Cholera in India, 1862 to 1881
Year: 1862
Disease focus: Cholera
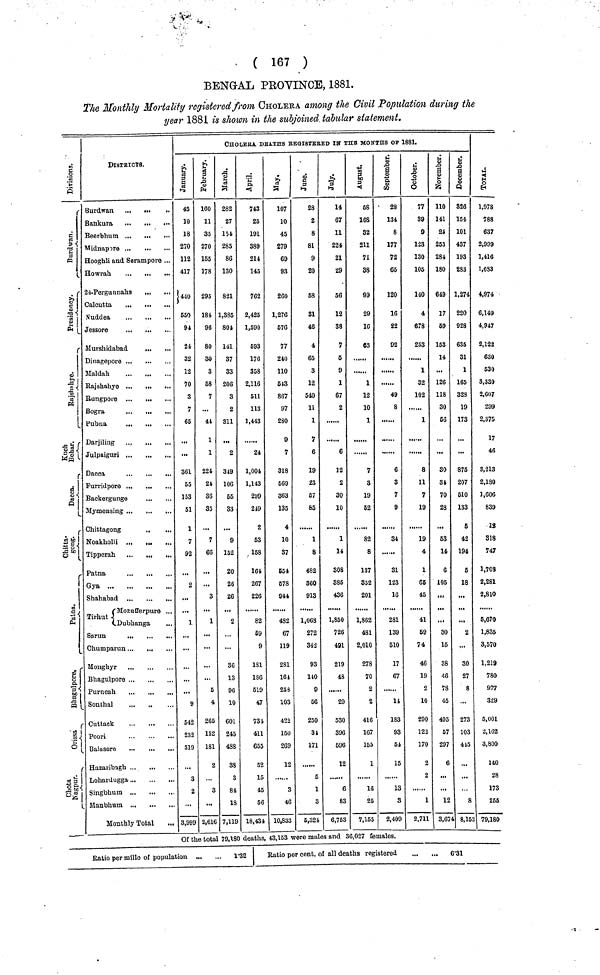
( 167 )
BENGAL PROVINCE, 1881.
The Monthly Mortality registered from CHOLERA among the Civil Population during the
year 1881 is shown in the subjoined, tabular statement.
Division
Presidency
Rajshahye
KuchBehar
Dacca
Chitta gong
Patna
Bhugulpore
Orissa
Chota Nagpur
DISTRICTS.
Burdwan ... ...
..
Bankura
...
Beerbhum
Midnapore ...
... ...
Hooghli and Serampore ...
Howrah
24-Pergunnahs
Calcutta
...
.Nuddea
Jessore
Murshidabad
Dinagepore
Maldah
Rajshahye ...
,,.
...
Rungpore
Bogra
Pubna
.
Dacca
Furridpore
Backergunge
Mymensing
Chittagong
Noakholli
Tipperah ...
Gya
Shahabad
Tirhut
Dubhanga
...
Chumparun
Monghyr
Bhagulpore
Purneah
Sonthal
Cuttack
Poori
Balasore
Hazaribagh ...
Lohardugga
Singbhum
Manbhum
Monthly Total
...
CHOLERA DEATHS REGISTERED IN THE MONTHS OF 1881.
January
45
10
18
270
112
417
440
)
650
94
24
32
12
70
3
7
65
361
55
153
51
1
7
92
2
1
9
542
232
319
3
2
3,999
February
160
11
35
270
155
178
295
184
96
80
30
3
68
7
...
44
1
1
224
24
36
35
...
7
66
...
3
1
5
4
265
152
181
2
3
2,616
March
282
27
154
285
86
130
821
1,385
804
141
37
33
206
3
2
311
2
349
106
65
83
...
9
152
20
26
26
2
36
13
96
10
601
245
488
38
3
84
18
7,119
April
743
25
191
389
214
145
762
2,425
1,590
593
176
358
2,116
511
113
1,443
24
1,004
1,143
299
219
2
53
158
161
267
226
82
59
9
181
186
619
47
731
411
655
62
15
45
56
18,431
may
107
10
45
279
69
93
260
1,276
576
77
240
110
613
867
97
280
9
7
318
569
363
135
4
10
37
654
578
944
482
67
119
281
161
253
103
422
150
269
12
......
3
46
10,833
June
28
2
8
81
9
20
68
31
46
4
65
3
12
540
11
1
7
6
19
23
67
55
1
8
482
360
913
1.063
272
342
93
140
9
56
250
31
171
6
1
3
5,324
July
14
67
11
224
21
29
66
12
38
7
5
9
1
67
2
6
12
2
30
10
1
14
308
385
436
1,850
726
491
219
4S
29
530
396
696
12
6
83
6,753
August
58
168
32
211
71
38
99
29
16
63
1
12
10
1
7
3
19
62
82
8
137
352
201
1,862
481
2,010
278
70
2
2
416
167
155
1
16
25
7,155
September
28
134
8
177
72
65
120
16
22
92
49
8
6
3
7
9
34
31
123
16
281
139
610
17
67
14
183
93
51
15
13
3
2,409
Octomber
77
39
9
123
130
105
140
4
678
253
1
32
102
1
8
11
1
19
19
4
1
66
45
41
69
74
46
19
2
10
290
122
170
2
2
1
2,711
November
110
141
2J
253
284
180
649
17
69
153
14
...
126
118
30
66
30
31
70
28
53
14
6
105
...
30
15
38
46
78
45
495
67
297
6
...
...
12
3,674
December
826
154
101
437
193
283
1,274
220
928
635
31
1
165
328
19
173
875
207
510
133
6
42
194
5
18
...
...
2
...
30
27
8
...
273
103
415
...
...
8
8,153
Total
1,078
788
637
2,999
1,416
1,633
4,974
6,149
4,917
2,122
630
530
3,330
2,607
299
2,375
17
46
3,213
2,180
1,606
839
18
318
747
1,703
2,281
2,810
6,670
1,835
3,570
1,219
780
977
329
5,001
2,162
3,800
140
28
173
255
79,180
Of the total 79,180 deaths, 43,153 were males and 36,027 females.
Ratio per mille of population
1·32
Ratio percent, of all deaths registered
6·31